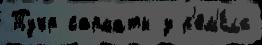
Тукр сарматы з р'ем'́сла